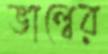
ভাল্বের